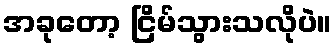
အခုတော့ ငြိမ်သွားသလိုပဲ။